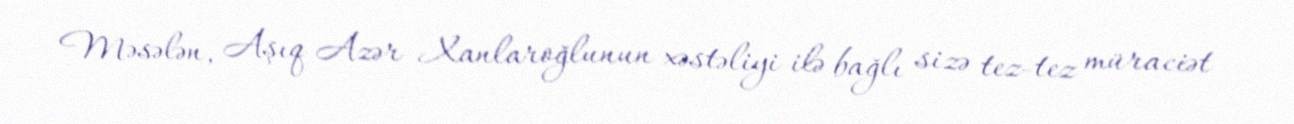
Məsələn, Aşıq Azər Xanlaroğlunun xəstəliyi ilə bağlı sizə tez-tez müraciət